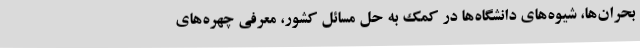
بحران‌ها، شیوه‌های دانشگاه‌ها در کمک به حل مسائل کشور، معرفی چهره‌های